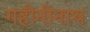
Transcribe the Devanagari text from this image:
गहीनीनाथ